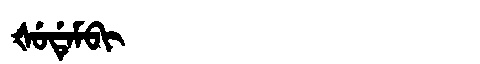
Manchu: ᡧᡠᡩᡝᠮᠪᡳ
Romanization: ŠUDEMBI